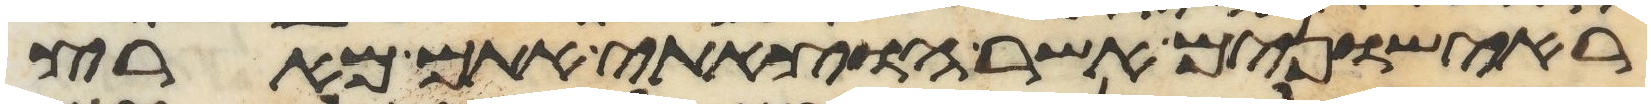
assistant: ראישונים אשר הוצאתי אתם מארץ